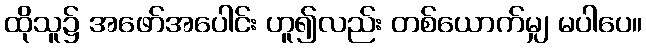
ထိုသူ၌ အဖော်အပေါင်း ဟူ၍လည်း တစ်ယောက်မျှ မပါပေ။